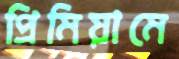
প্রিমিয়ামে